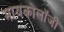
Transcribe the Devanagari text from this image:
मायकोलॉजी